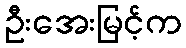
ဦးအေးမြင့်က